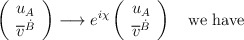
\begin{align*}\left(\begin{array}{l} u_A\\ \overline{v}^{\dot{B}} \end{array}\right) \longrightarrow e^{i\chi}\left(\begin{array}{l} u_A\\ \overline{v}^{\dot{B}} \end{array}\right) \ \ \ \mbox{we have}\end{align*}